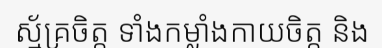
ស្ម័គ្រចិត្ត ទាំងកម្លាំងកាយចិត្ត និង